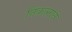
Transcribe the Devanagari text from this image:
निकलाने